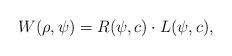
LaTeX: \begin{align*} W(\rho,\psi)=R(\psi,c)\cdot L(\psi,c), \end{align*}